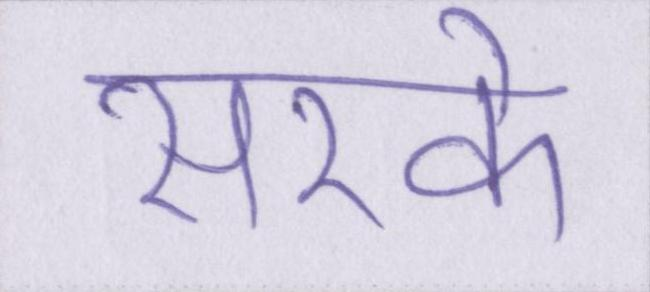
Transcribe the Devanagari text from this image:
सरके